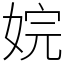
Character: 㛡